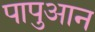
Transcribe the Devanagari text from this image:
पापुआन